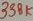
Text: 338K